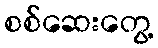
စစ်ဆေးတွေ့